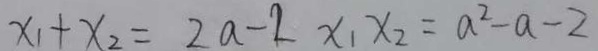
x _ { 1 } + x _ { 2 } = 2 a - 2 x _ { 1 } x _ { 2 } = a ^ { 2 } - a - 2